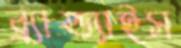
ব্র্যান্ড্যাইস